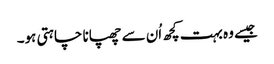
جیسے وہ بہت کچھ اُن سے چھپانا چاہتی ہو۔